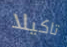
تاكيلا